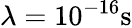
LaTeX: \lambda=10^{-16}\mathrm{s}